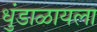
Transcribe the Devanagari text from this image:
धुंडाळायला